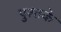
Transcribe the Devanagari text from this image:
पुश्तके